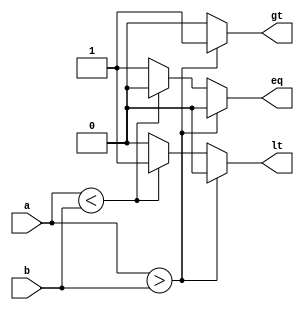
`timescale 1ns / 1ns
//////////////////////////////////////////////////////////////////////////////////
// Company: 
// Engineer: 
// 
// Design Name: 
// Module Name: COMP 
// Project Name: 
// Target Devices: 
// Tool Versions: 
// Description: Comperator
// 
// Dependencies: 
// 
// Revision:
// Revision 0.01 - File Created
// Additional Comments:
// 
//////////////////////////////////////////////////////////////////////////////////


module COMP #(parameter DATAWIDTH = 8)(a, b, gt, lt, eq);
    input [DATAWIDTH -1:0] a;
    input [DATAWIDTH -1:0] b;
    output reg gt, lt, eq;
    
    
    always @(a,b) begin
        gt <= 0;
        lt <= 0;
        eq <= 0;
        if (a > b)
            gt <= 1;
        else if (a < b)
            lt <= 1;
        else
            eq <= 1;
    end
    
endmodule